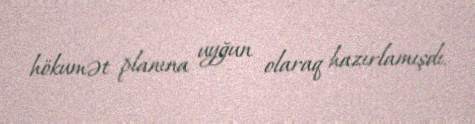
hökumət planına uyğun olaraq hazırlamışdı.